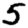
Digit: 5